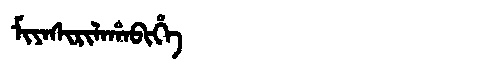
Manchu: ᠮᡳᠶᠠᠰᡳᡵᡳᠯᠠᡥᠠᠪᡳᡥᡝ
Romanization: MIYASIRILAHABIHE